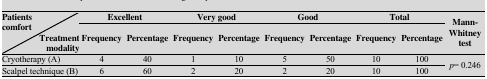
<table><thead><tr><td rowspan="2"><b>Patients comfort Treatment modality</b></td><td colspan="2"><b>Excellent</b></td><td colspan="2"><b>Very good</b></td><td colspan="2"><b>Good</b></td><td colspan="2"><b>Total</b></td><td rowspan="2"><b>Mann-Whitneytest</b></td></tr><tr><td><b>Frequency</b></td><td><b>Percentage</b></td><td><b>Frequency</b></td><td><b>Percentage</b></td><td><b>Frequency</b></td><td><b>Percentage</b></td><td><b>Frequency</b></td><td><b>Percentage</b></td></tr></thead><tbody><tr><td> Cryotherapy (A) </td><td> 4 </td><td> 40 </td><td> 1 </td><td> 10 </td><td> 5 </td><td> 50 </td><td> 10 </td><td> 100 </td><td rowspan="2"> p= 0.246 </td></tr><tr><td> Scalpel technique (B) </td><td> 6 </td><td> 60 </td><td> 2 </td><td> 20 </td><td> 2 </td><td> 20 </td><td> 10 </td><td> 100 </td></tr></tbody></table>